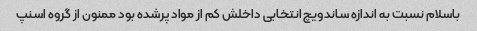
باسلام نسبت به اندازه ساندویچ انتخابی داخلش کم از مواد پرشده بود ممنون از گروه اسنپ